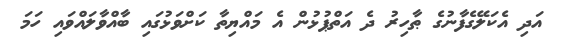
އަދި އެކަލޭގެފާނުގެ ޠާހިރު ދެ އަތްޕުޅުން އެ މައްޔިތާ ކަށްވަޅުގައި ބާއްވާލައްވައި ހަމަ